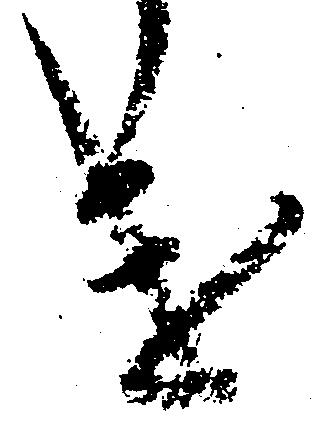
け